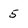
Character: 5